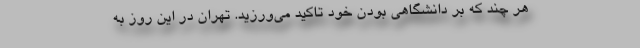
هر چند که بر دانشگاهی بودن خود تاکید می‌ورزید. تهران در این روز به